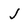
Character: j